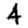
Digit: 4